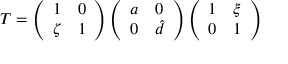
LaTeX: T = \left( \begin{array} { c c } { { 1 } } & { { 0 } } \\ { { \zeta } } & { { 1 } } \end{array} \right) \left( \begin{array} { c c } { { a } } & { { 0 } } \\ { { 0 } } & { { \hat { d } } } \end{array} \right) \left( \begin{array} { c c } { { 1 } } & { { \xi } } \\ { { 0 } } & { { 1 } } \end{array} \right)